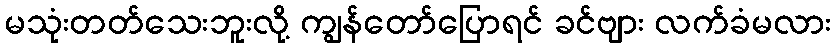
မသုံးတတ်သေးဘူးလို့ ကျွန်တော်ပြောရင် ခင်ဗျား လက်ခံမလား